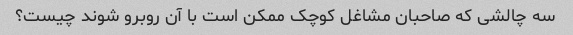
سه چالشی که صاحبان مشاغل کوچک ممکن است با آن روبرو شوند چیست؟